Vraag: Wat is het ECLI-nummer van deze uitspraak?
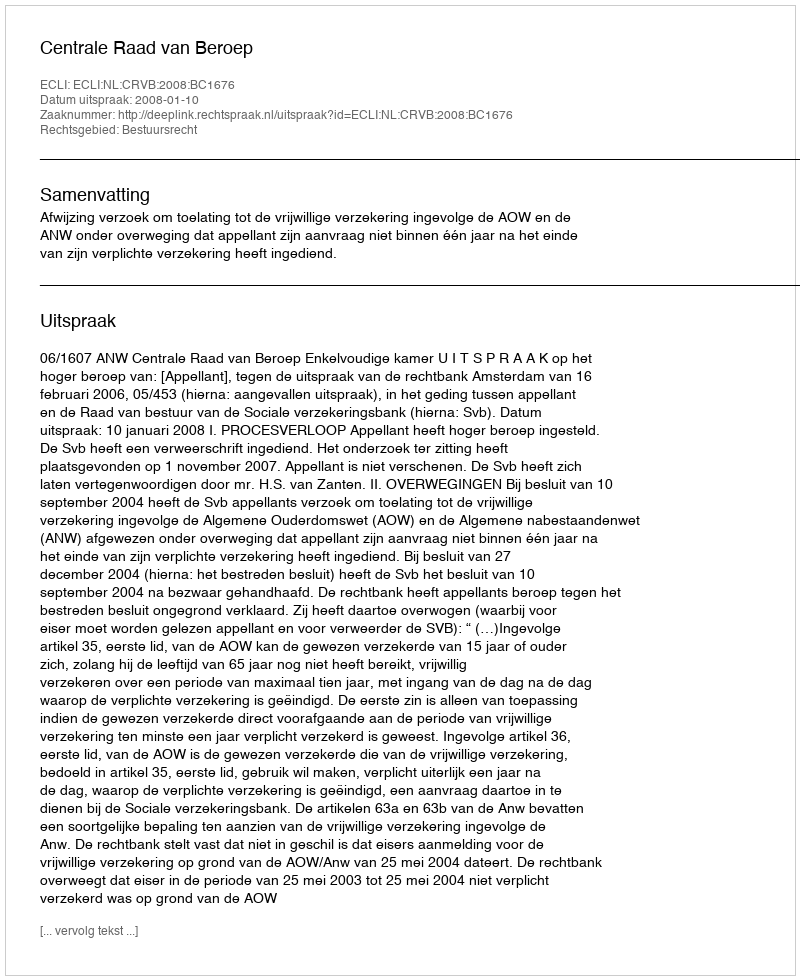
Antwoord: ECLI:NL:CRVB:2008:BC1676